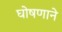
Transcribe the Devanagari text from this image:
घोषणाने